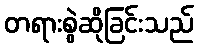
တရားစွဲဆိုခြင်းသည်